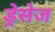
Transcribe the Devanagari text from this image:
ड्रेसेज